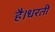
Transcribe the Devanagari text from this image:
है।धरती